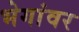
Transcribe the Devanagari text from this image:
भेगांवर